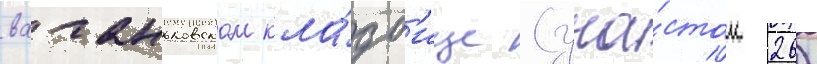
ваганьковском кла́дб'ище (уча́сток 26)